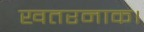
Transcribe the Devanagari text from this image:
खतरनाक।